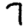
Digit: 7